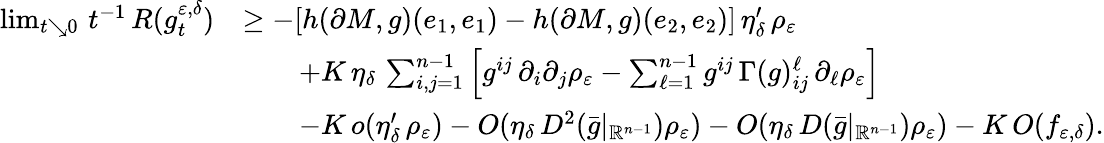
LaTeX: \begin{array}{rl}{\operatorname*{lim}_{t\searrow 0}\, t^{-1}\, R(g_{t}^{\varepsilon,\delta})}&{\geq-[h(\partial M,g)(e_{1},e_{1})-h(\partial M,g)(e_{2},e_{2})]\, \eta_{\delta}^{\prime}\, \rho_{\varepsilon}}\\ &{\qquad+K\, \eta_{\delta}\, \sum_{i,j=1}^{n-1}\left[g^{ij}\, \partial_{i}\partial_{j}\rho_{\varepsilon}-\sum_{\ell=1}^{n-1}g^{ij}\, \Gamma(g)_{ij}^{\ell}\, \partial_{\ell}\rho_{\varepsilon}\right]}\\ &{\qquad-K\, o(\eta_{\delta}^{\prime}\, \rho_{\varepsilon})-O(\eta_{\delta}\, D^{2}(\bar{g}|_{\mathbb{R}^{n-1}})\rho_{\varepsilon})-O(\eta_{\delta}\, D(\bar{g}|_{\mathbb{R}^{n-1}})\rho_{\varepsilon})-K\, O(f_{\varepsilon,\delta}).}\end{array}